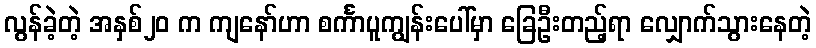
လွန်ခဲ့တဲ့ အနှစ်၂၀ က ကျနော်ဟာ စင်္ကာပူကျွန်းပေါ်မှာ ခြေဦးတည့်ရာ လျှောက်သွားနေတဲ့